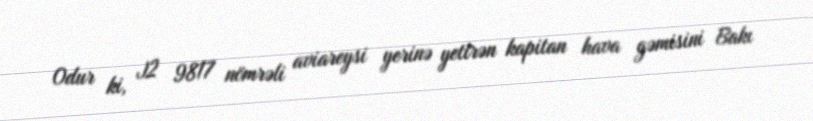
Odur ki, J2 9817 nömrəli aviareysi yerinə yetirən kapitan hava gəmisini Bakı